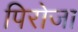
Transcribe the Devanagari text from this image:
पिरोजा